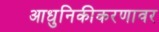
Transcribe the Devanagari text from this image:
आधुनिकीकरणावर